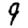
Digit: 9